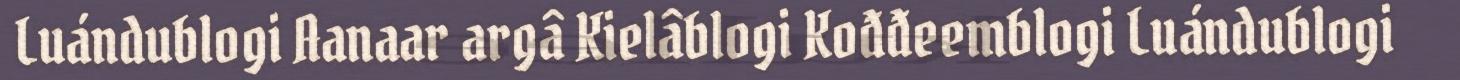
Luándublogi Aanaar argâ Kielâblogi Kođđeemblogi Luándublogi